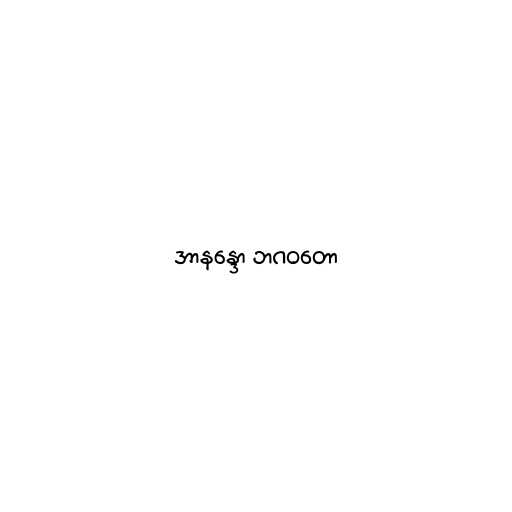
အာနန္ဒော ဘဂဝတော